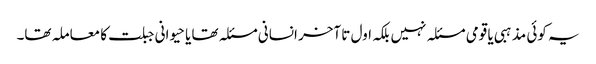
یہ کوئی مذہبی یا قومی مسئلہ نہیں بلکہ اول تا آخر انسانی مسئلہ تھا یا حیوانی جبلت کا معاملہ تھا۔